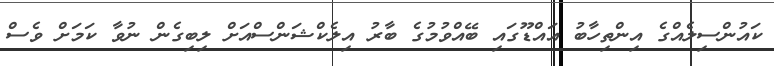
ކައުންސިލެއްގެ އިންތިހާބު އައްޑޫގައި ބޭއްވުމުގެ ބާރު އިލެކްޝަންސްއަށް ލިބިގެން ނުވާ ކަމަށް ވެސް